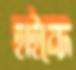
হাইন্দে